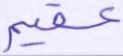
عقيم